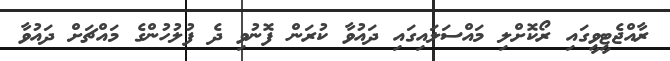
ރާއްޖެޓީވީގައި ރޯކޮށްލި މައްސަލައިގައި ދައުވާ ކުރަން ފޮނުވި ދެ ފުލުހުންގެ މައްޗަށް ދައުވާ